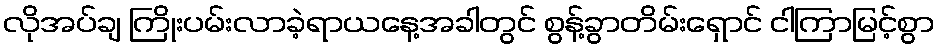
လိုအပ်ချ ကြိုးပမ်းလာခဲ့ရာယနေ့အခါတွင် စွန့်ခွာတိမ်းရှောင် ငါကြာမြင့်စွာ